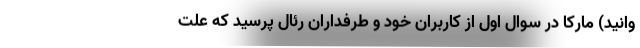
وانید) مارکا در سوال اول از کاربران خود و طرفداران رئال پرسید که علت